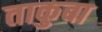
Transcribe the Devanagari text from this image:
ताकुबा